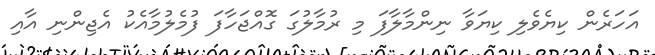
އަހަރެން ކިޔެވެލި ކިޔަވާ ނިންމާލާފަ މި ރުމާލުގަ ގޮއްޖަހާފަ ފުމެލުމާއެކު އެޖިންނި އާއި